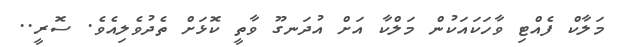
މަލާކް ފެއްޓި ވާހަކައަކުން މަލްކާ އަށް އުދަނގޫ ވާތީ ކޮޅަށް ތެދުވެލިއެވެ. ސޮރީ..